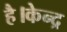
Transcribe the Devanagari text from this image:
है।केन्द्र